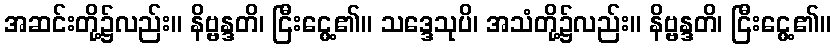
အဆင်းတို့၌လည်း။ နိဗ္ဗန္ဒတိ၊ ငြီးငွေ့၏။ သဒ္ဒေသုပိ၊ အသံတို့၌လည်း။ နိဗ္ဗန္ဒတိ၊ ငြီးငွေ့၏။